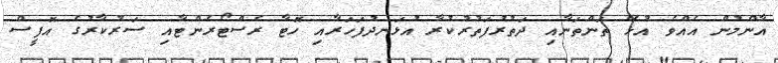
އާންމުން އެއްވެ އުޅޭ ތަންތަނާއި ދަތުރުފަތުރުކުރާ އުޅަނދުފަހަރާއި ހޮޓާ ރެސްޓޯރެންޓާއި ސަރުކާރުގެ އޮފީސް